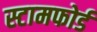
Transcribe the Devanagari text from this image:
स्टामफोर्ड